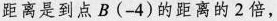
距离是到点B(-4)的距离的2倍，